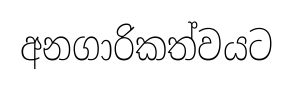
අනගාරිකත්වයට